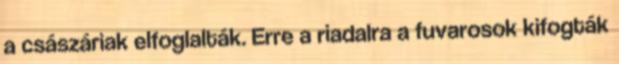
a császáriak elfoglalták. Erre a riadalra a fuvarosok kifogták